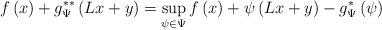
LaTeX: \begin{align*}f\left(x\right)+g_{\Psi}^{**}\left(Lx+y\right) & =\sup_{\psi\in\Psi}f\left(x\right)+\psi\left(Lx+y\right)-g_{\Psi}^{*}\left(\psi\right)\end{align*}